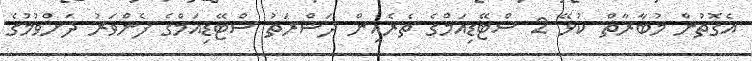
އެގޮތުން މުބާރާތް ކުޅޭ 2 ސްޓޭޑިއަމްގެ ތެރެއިން ދަޝްރަތު ސްޓޭޑިއަމްގެ ފެންވަރު ދަށްވުމުގެ